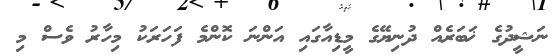
ނަޝީދުގެ ޚަބަރެއް ދުނިޔޭގެ މީޑިއާގައި އަންނަ ކޮންމެ ފަހަރަކު މިހާރު ވެސް މި